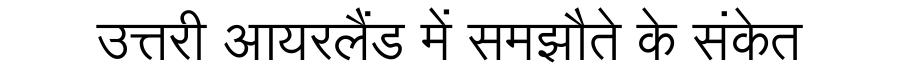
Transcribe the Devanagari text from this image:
उत्तरी आयरलैंड में समझौते के संकेत